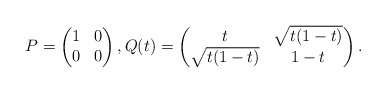
\begin{align*}P=\left(\begin{matrix} 1&0\\ 0&0\end{matrix}\right),Q(t)=\left(\begin{matrix} t&\sqrt{t(1-t)}\\ \sqrt{t(1-t)}&1-t\end{matrix}\right).\end{align*}